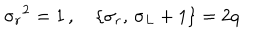
LaTeX: { \sigma _ { r } } ^ { 2 } = 1 \, , \quad \{ \sigma _ { r } , \, \sigma _ { L } + 1 \} = 2 q